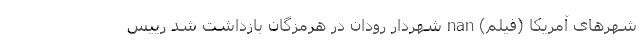
شهر‌های آمریکا (فیلم) nan شهردار رودان در هرمزگان بازداشت شد رییس